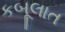
કબૂલાત